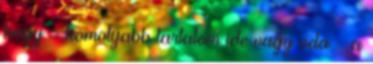
hogy – komolyabb tartalom ide vagy oda – a